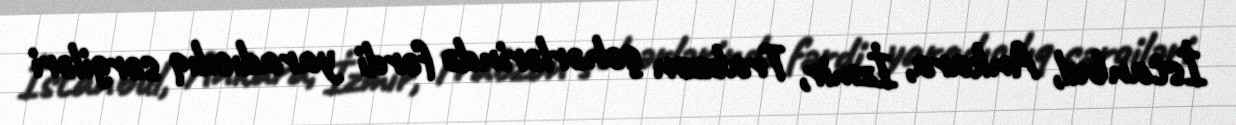
İstanbul, Ankara, İzmir, Trabzon şəhərlərində fərdi yaradıcılıq sərgiləri